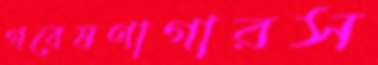
গবেষণাগারস